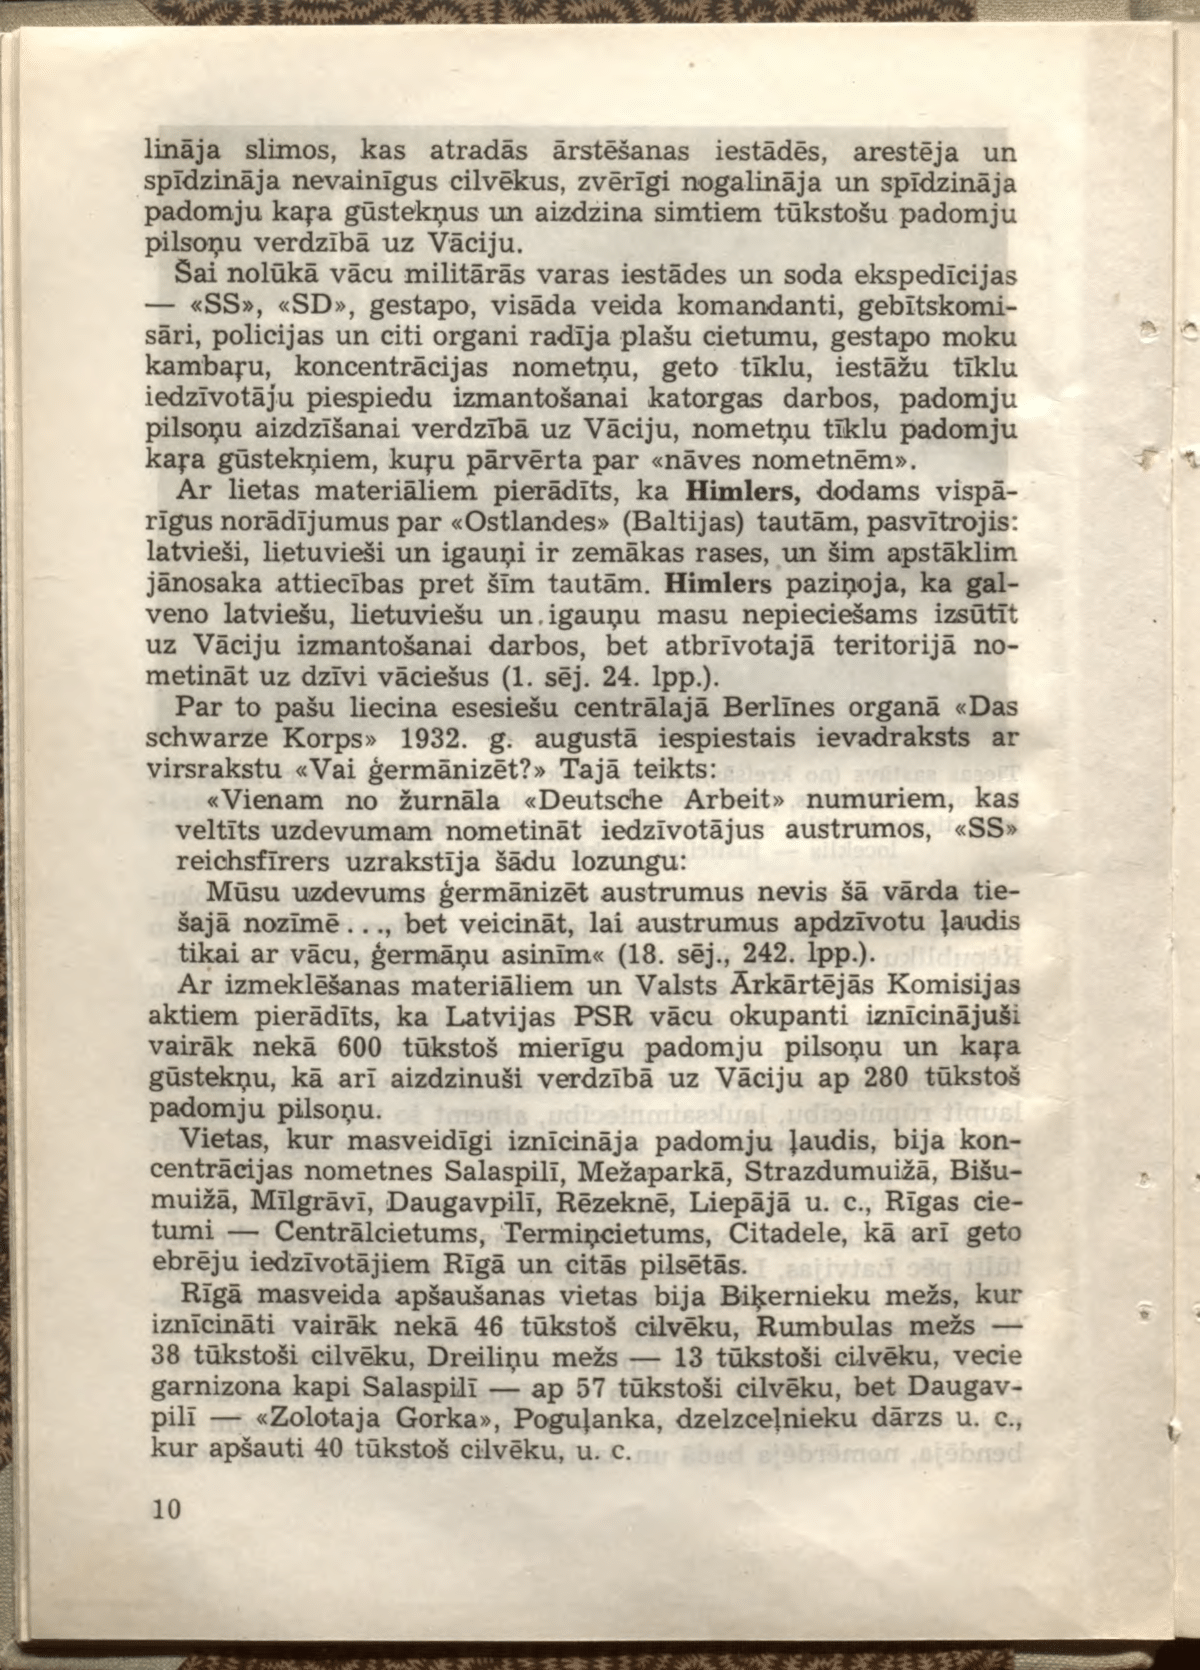
Language: lv